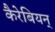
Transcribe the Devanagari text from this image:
कैरेबियन्